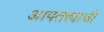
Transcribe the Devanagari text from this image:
आपतत्त्वाची